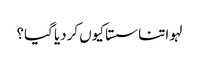
لہو اتنا سستا کیوں کردیا گیا؟